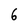
Character: 6